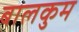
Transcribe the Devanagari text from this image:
बालकुम